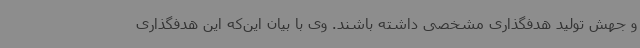
و جهش تولید هدفگذاری مشخصی داشته باشند. وی با بیان این‌که این هدفگذاری